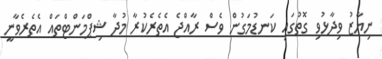
ނިޔާޒު ވިދާޅުވި ގޮތުގައި ކަނޑުމަގުން ވެސް ރާއްޖެ އެތެރެކުރާ މުދާ ޝިޕްމަންޓްތައް އެތެރެވާނީ